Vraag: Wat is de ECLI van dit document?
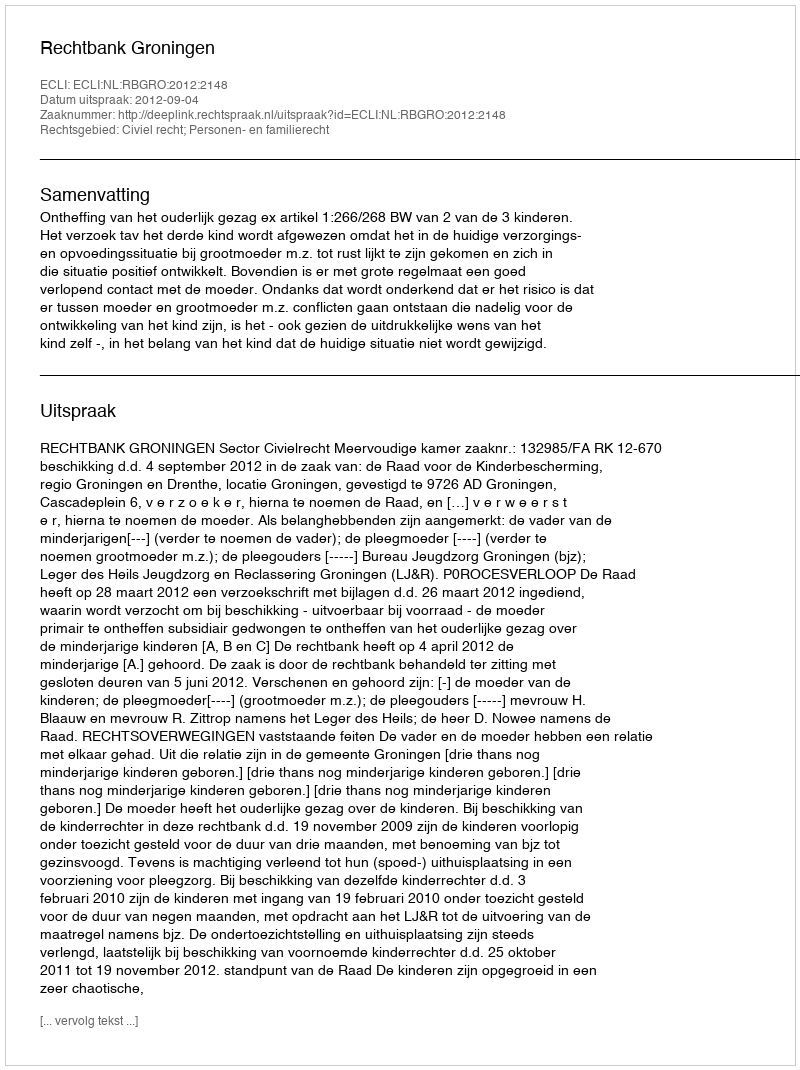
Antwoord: ECLI:NL:RBGRO:2012:2148